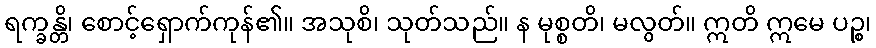
ရက္ခန္တိ၊ စောင့်ရှောက်ကုန်၏။ အသုစိ၊ သုတ်သည်။ န မုစ္စတိ၊ မလွတ်။ ဣတိ ဣမေ ပဉ္စ၊